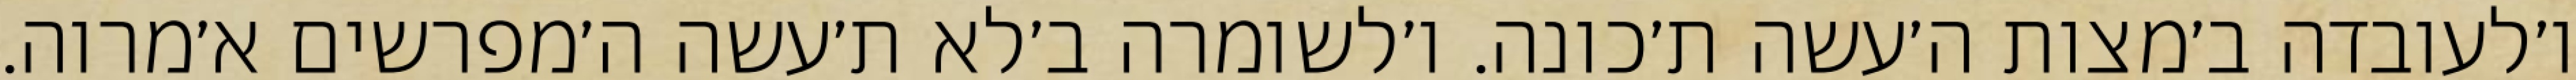
ו׳לעובדה ב׳מצות ה׳עשה ת׳כונה. ו׳לשומרה ב׳לא ת׳עשה ה׳מפרשים א׳מרוה.